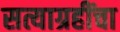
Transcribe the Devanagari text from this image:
सत्याग्रहींचा